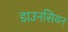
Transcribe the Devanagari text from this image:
डाउनसियन